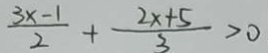
\frac { 2 x + 5 } { 2 } + \frac { 2 x - 1 } { 3 } > 0